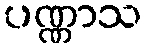
ပဏ္ဏာသ